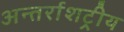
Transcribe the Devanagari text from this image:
अन्तर्राशट्रीय